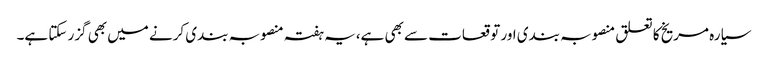
سیارہ مریخ کا تعلق منصوبہ بندی اور توقعات سے بھی ہے،یہ ہفتہ منصوبہ بندی کرنے میں بھی گزر سکتا ہے۔